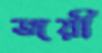
জয়ী